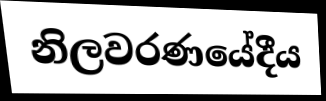
නිලවරණයේදීය